Black-water fever - Number 35
Disease focus: Fever
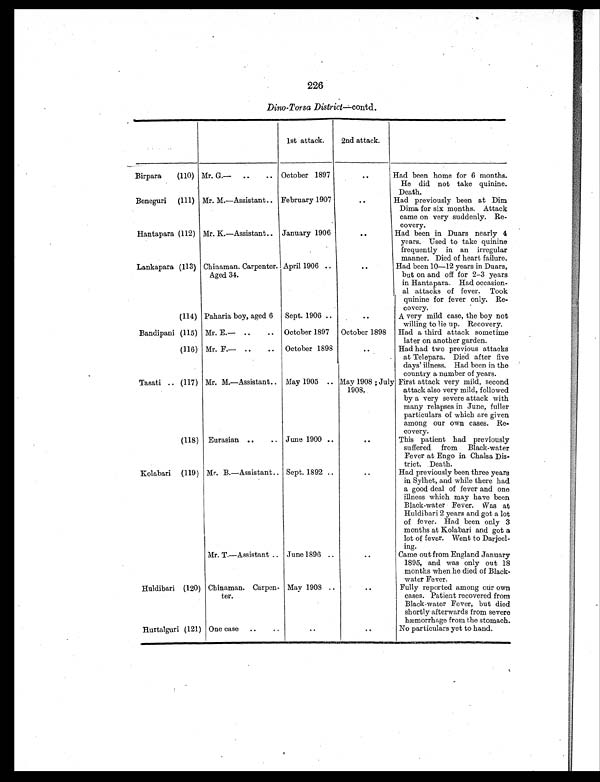
226
Dino-Torsa District —contd.
1st attack.
2nd attack.
Birpara (110) Mr. G.— ..
.. October 1897
. . Had been home for 6 months.
He did not take quinine.
Death.
Beneguri (111) Mr. M.—Assistant .. February 1907
. . Had previously been at Dim
Dima for six months. Attack
came on very suddenly. Re-
covery.
Hantapara (112) Mr. K.—Assistant .. January 1906
. .
Had been in Duars nearly 4
years. Used to take quinine
frequently in an irregular
manner. Died of heart failure.
Lankapara (113) Chinaman. Carpenter.
Aged 34.
April 1906 ..
. . Had been 10—12 years in Duars,
but on and off for 2—3 years
in Hantapara. Had occasion-
al attacks of fever. Took
quinine for fever only. Re-
covery.
(114) Paharia boy, aged 6 Sept. 1906 ..
..
A very mild case, the boy not
willing to lie up. Recovery.
Bandipani (115) Mr. E.— ..
.. October 1897 October 1898 Had a third attack sometime
later on another garden.
(116) Mr. F.— ..
.. October 1898
. .
Had had two previous attacks
at Telepara. Died after five
days' illness. Had been in the
country a number of years.
Tasati .. (117) Mr. M.—Assistant .. May 1905 .. May 1908 ; July
1908.
First attack very mild, second
attack also very mild, followed
by a very severe attack with
many relapses in June, fuller
particulars of which are given
among our own cases. Re-
covery.
(118) Eurasian ..
.. June 1900 ..
. .
This patient had previously
suffered from Black-water
Fever at Engo in Chalsa Dis-
trict. Death.
Kolabari (119) Mr. B.—Assistant .. Sept. 1892 ..
..
Had previously been three years
in Sylhet, and while there had
a good deal of fever and one
illness which may have been
Black-water Fever. Was at
Huldibari 2 years and got a lot
of fever. Had been only 3
months at Kolabari and got a
lot of fever. Went to Darjeel-
ing.
Mr. T.—Assistant .. June 1896 ..
Came out from England January
1895, and was only out 18
months when he died of Black-
water Fever.
Huldibari (120) Chinaman. Carpen-
ter.
May 1908 ..
. .
Fully reported among our own
cases. Patient recovered from
Black-water Fever, but died
shortly afterwards from severe
hæmorrhage from the stomach.
Hurtalguri(121) One case ..
..
..
. .
No particulars yet to hand.